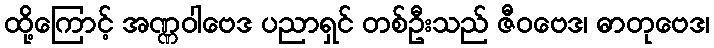
ထို့ကြောင့် အဏ္ဏဝါဗေဒ ပညာရှင် တစ်ဦးသည် ဇီဝဗေဒ၊ ဓာတုဗေဒ၊